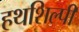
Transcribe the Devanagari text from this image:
हथशिल्पी